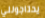
يحتاجونني